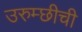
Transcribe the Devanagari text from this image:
उरुम्छीची